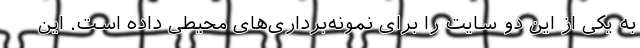
به یکی از این دو سایت را برای نمونه‌برداری‌های محیطی داده است. این